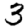
Digit: 3